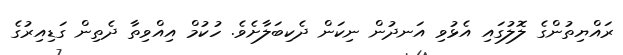
ރައްޔިތުންގެ ލޮލުގައި އެޅުވި އަނދުން ނިކަން ދެކިބަލާށެވެ. ހުކުމް އިއްވިތާ ދެތިން ގަޑިއިރުގެ